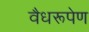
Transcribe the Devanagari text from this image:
वैधरूपेण